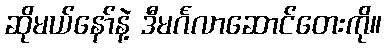
ဆိုမယ်နော်နဲ့ ဒီမင်္ဂလာဆောင်တေးကို။